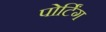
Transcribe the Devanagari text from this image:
पोर्टिंग